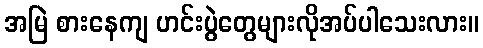
အမြဲ စားနေကျ ဟင်းပွဲတွေများလိုအပ်ပါသေးလား။